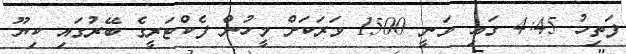
ފަތިހު 4:45 ގައި ވަނީ 1500 ވަރަކަށް މީހުން ފެކްޓަރީގެ ބޭރުގައި ކިޔޫ